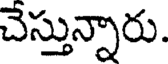
చెస్తున్నారు.